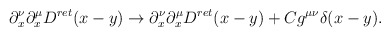
\begin{align*}\partial_x^\nu\partial^\mu_x D^{ret}(x-y) \rightarrow\partial_x^\nu\partial^\mu_x D^{ret}(x-y)+Cg^{\mu \nu} \delta(x-y).\end{align*}